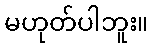
မဟုတ်ပါဘူး။